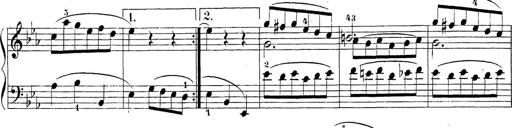
Title: Sonatina Album
Composer: Louis KÃ¶hler